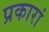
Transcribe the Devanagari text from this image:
प्रकारां